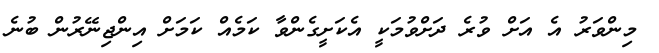
މިންވަރު އެ އަށް ވުރެ ދަށްވުމަކީ އެކަށީގެންވާ ކަމެއް ކަމަށް އިންޖިނޭރުން ބުނެ